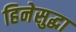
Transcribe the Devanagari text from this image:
हिनेसुद्धा